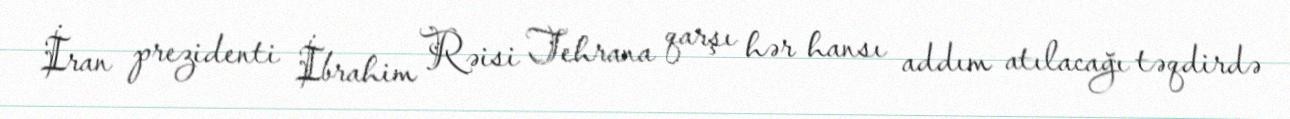
İran prezidenti İbrahim Rəisi Tehrana qarşı hər hansı addım atılacağı təqdirdə